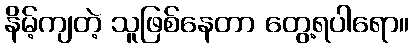
နိမ့်ကျတဲ့ သူဖြစ်နေတာ တွေ့ရပါရော။